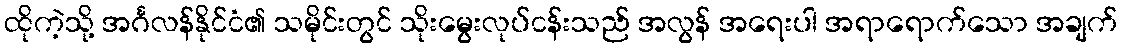
ထိုကဲ့သို့ အင်္ဂလန်နိုင်ငံ၏ သမိုင်းတွင် သိုးမွေးလုပ်ငန်းသည် အလွန် အရေးပါ အရာရောက်သော အချက်